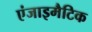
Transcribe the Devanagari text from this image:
एंजाइमैटिक